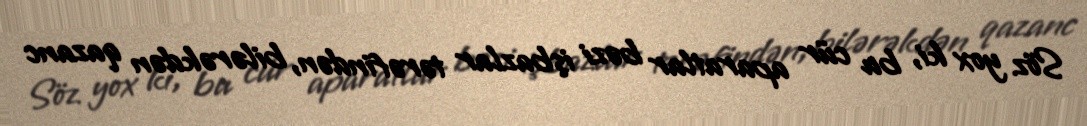
Söz yox ki, bu cür aparatlar bəzi işbazlar tərəfindən, bilərəkdən qazanc